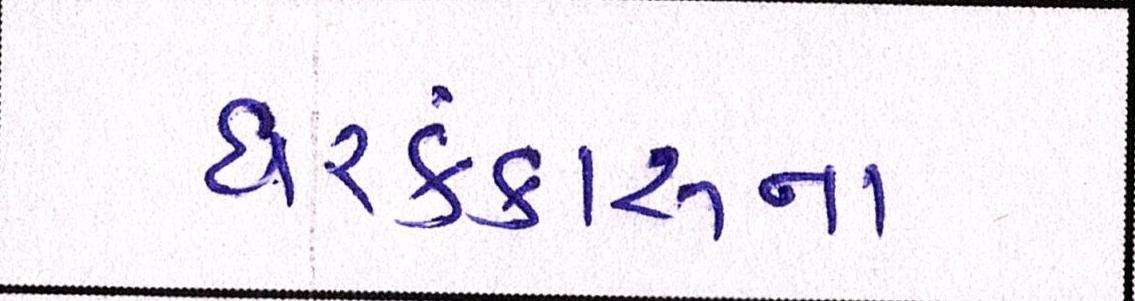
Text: ઘરકંકાસના